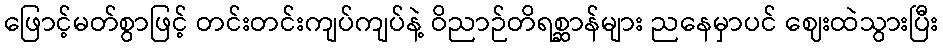
ဖြောင့်မတ်စွာဖြင့် တင်းတင်းကျပ်ကျပ်နဲ့ ဝိညာဉ်တိရစ္ဆာန်များ ညနေမှာပင် ဈေးထဲသွားပြီး